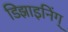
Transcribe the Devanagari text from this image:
डिझाइनिंग्